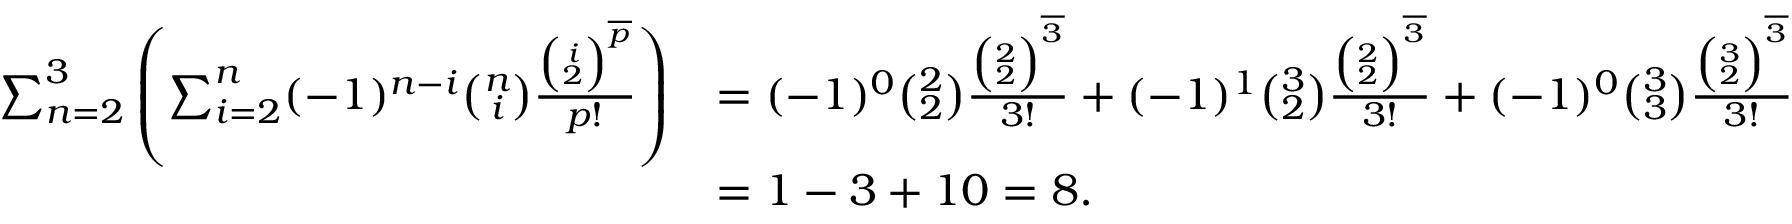
\begin{array} { r l } { \sum _ { n = 2 } ^ { 3 } \left( \sum _ { i = 2 } ^ { n } ( - 1 ) ^ { n - i } \binom { n } { i } \frac { \binom { i } { 2 } ^ { \overline { { p } } } } { p ! } \right) } & { = ( - 1 ) ^ { 0 } \binom { 2 } { 2 } \frac { \binom { 2 } { 2 } ^ { \overline { { 3 } } } } { 3 ! } + ( - 1 ) ^ { 1 } \binom { 3 } { 2 } \frac { \binom { 2 } { 2 } ^ { \overline { { 3 } } } } { 3 ! } + ( - 1 ) ^ { 0 } \binom { 3 } { 3 } \frac { \binom { 3 } { 2 } ^ { \overline { { 3 } } } } { 3 ! } } \\ & { = 1 - 3 + 1 0 = 8 . } \end{array}